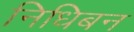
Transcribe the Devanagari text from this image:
निधिबन